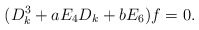
\begin{align*}(D^3_k+a E_4D_k+b E_6)f=0.\end{align*}